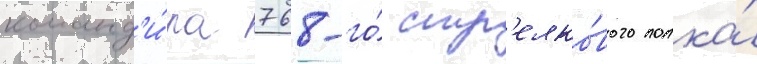
команд'и́ра 768-го́ стр'елко́вого полка́